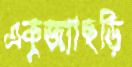
একুজ্যাছড়ি